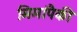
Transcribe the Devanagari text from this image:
मिमांपैकी